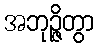
အဘုဉ္ဇိတွာ